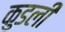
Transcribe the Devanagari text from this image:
कुडली